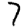
Digit: 7